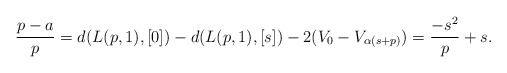
\begin{align*}\frac{p-a}{p}=d(L(p,1),[0])-d(L(p,1),[s])-2(V_0-V_{\alpha(s+p)})=\frac{-s^2}{p}+s.\end{align*}